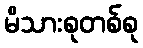
မိသားစုတစ်စု